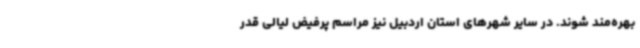
بهره‌مند شوند. در سایر شهرهای استان اردبیل نیز مراسم پرفیض لیالی قدر